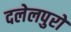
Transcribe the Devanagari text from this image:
दलेलपुरो